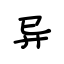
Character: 异